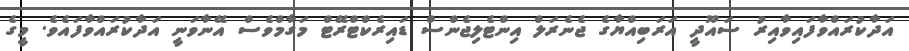
އަދާކުރައްވާފައިވާއިރު ސައޫދީ އަރަބިއްޔާގެ ޖެނެރަލް އިންޓެލިޖެންސް ޑައިރެކްޓްރޭޓް މަގާމްވެސް އޭނާވަނީ އަދާކުރައްވާފައެވެ. މީގެ